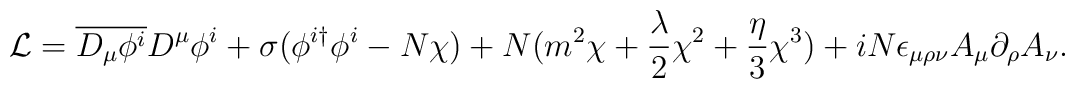
{\cal L} =  \overline{D_\mu\phi^i} D^\mu\phi^i + \sigma(\phi^{i\dagger}\phi^i -N \chi) + N (m^2 \chi + {\lambda \over 2} \chi^2 + {\eta \over 3} \chi^3)+ iN\epsilon_{\mu\rho\nu}A_\mu \partial_\rho A_\nu.